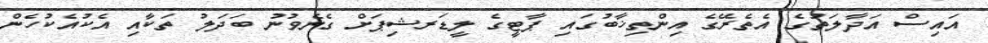
އައިސް އަދާލަތުގެ އެތެރޭގެ އިންތިޚާބުގައި ޕާޓީގެ ލީޑަރޝިޕަށް ގެނެވުނު ބަދަލު ތަކާއި އެކުއެކުހެން